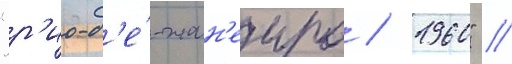
"р'ио-д'е́-жан'еиро / 1960" //